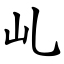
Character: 乢